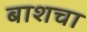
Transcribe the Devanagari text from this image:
बाशचा